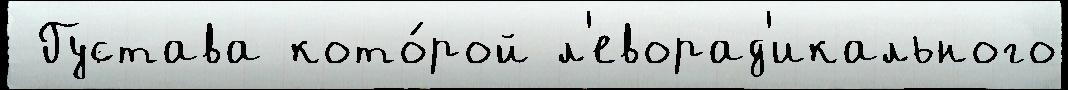
 Густава кото́рой л'еворад'икального